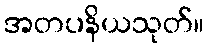
အတပနိယသုတ်။